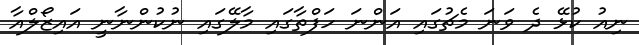
ނިއު ކުޅޭ ދެ ވަނަ މެޗުގައި އަންނަ ހަފްތާގައި މާލޭގައި ނުކުންނާނީ އައިޒޯލްއާ